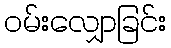
ဝမ်းလျှောခြင်း